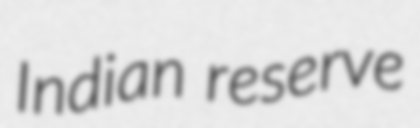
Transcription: Indian reserve